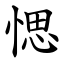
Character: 愢